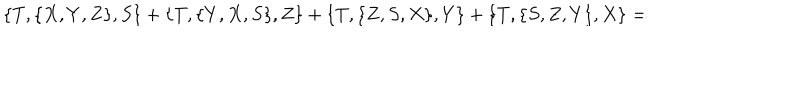
LaTeX: \{ T , \{ X , Y , Z \} , S \} + \{ T , \{ Y , X , S \} , Z \} + \{ T , \{ Z , S , X \} , Y \} + \{ T , \{ S , Z , Y \} , X \} =